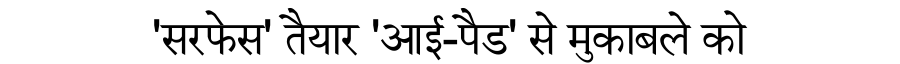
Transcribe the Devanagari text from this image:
'सरफेस' तैयार 'आई-पैड' से मुकाबले को